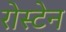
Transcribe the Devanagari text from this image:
रोस्टेन